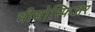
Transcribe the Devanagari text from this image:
मीसोस्फिअर